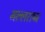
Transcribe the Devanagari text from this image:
मल्लराष्ट्र